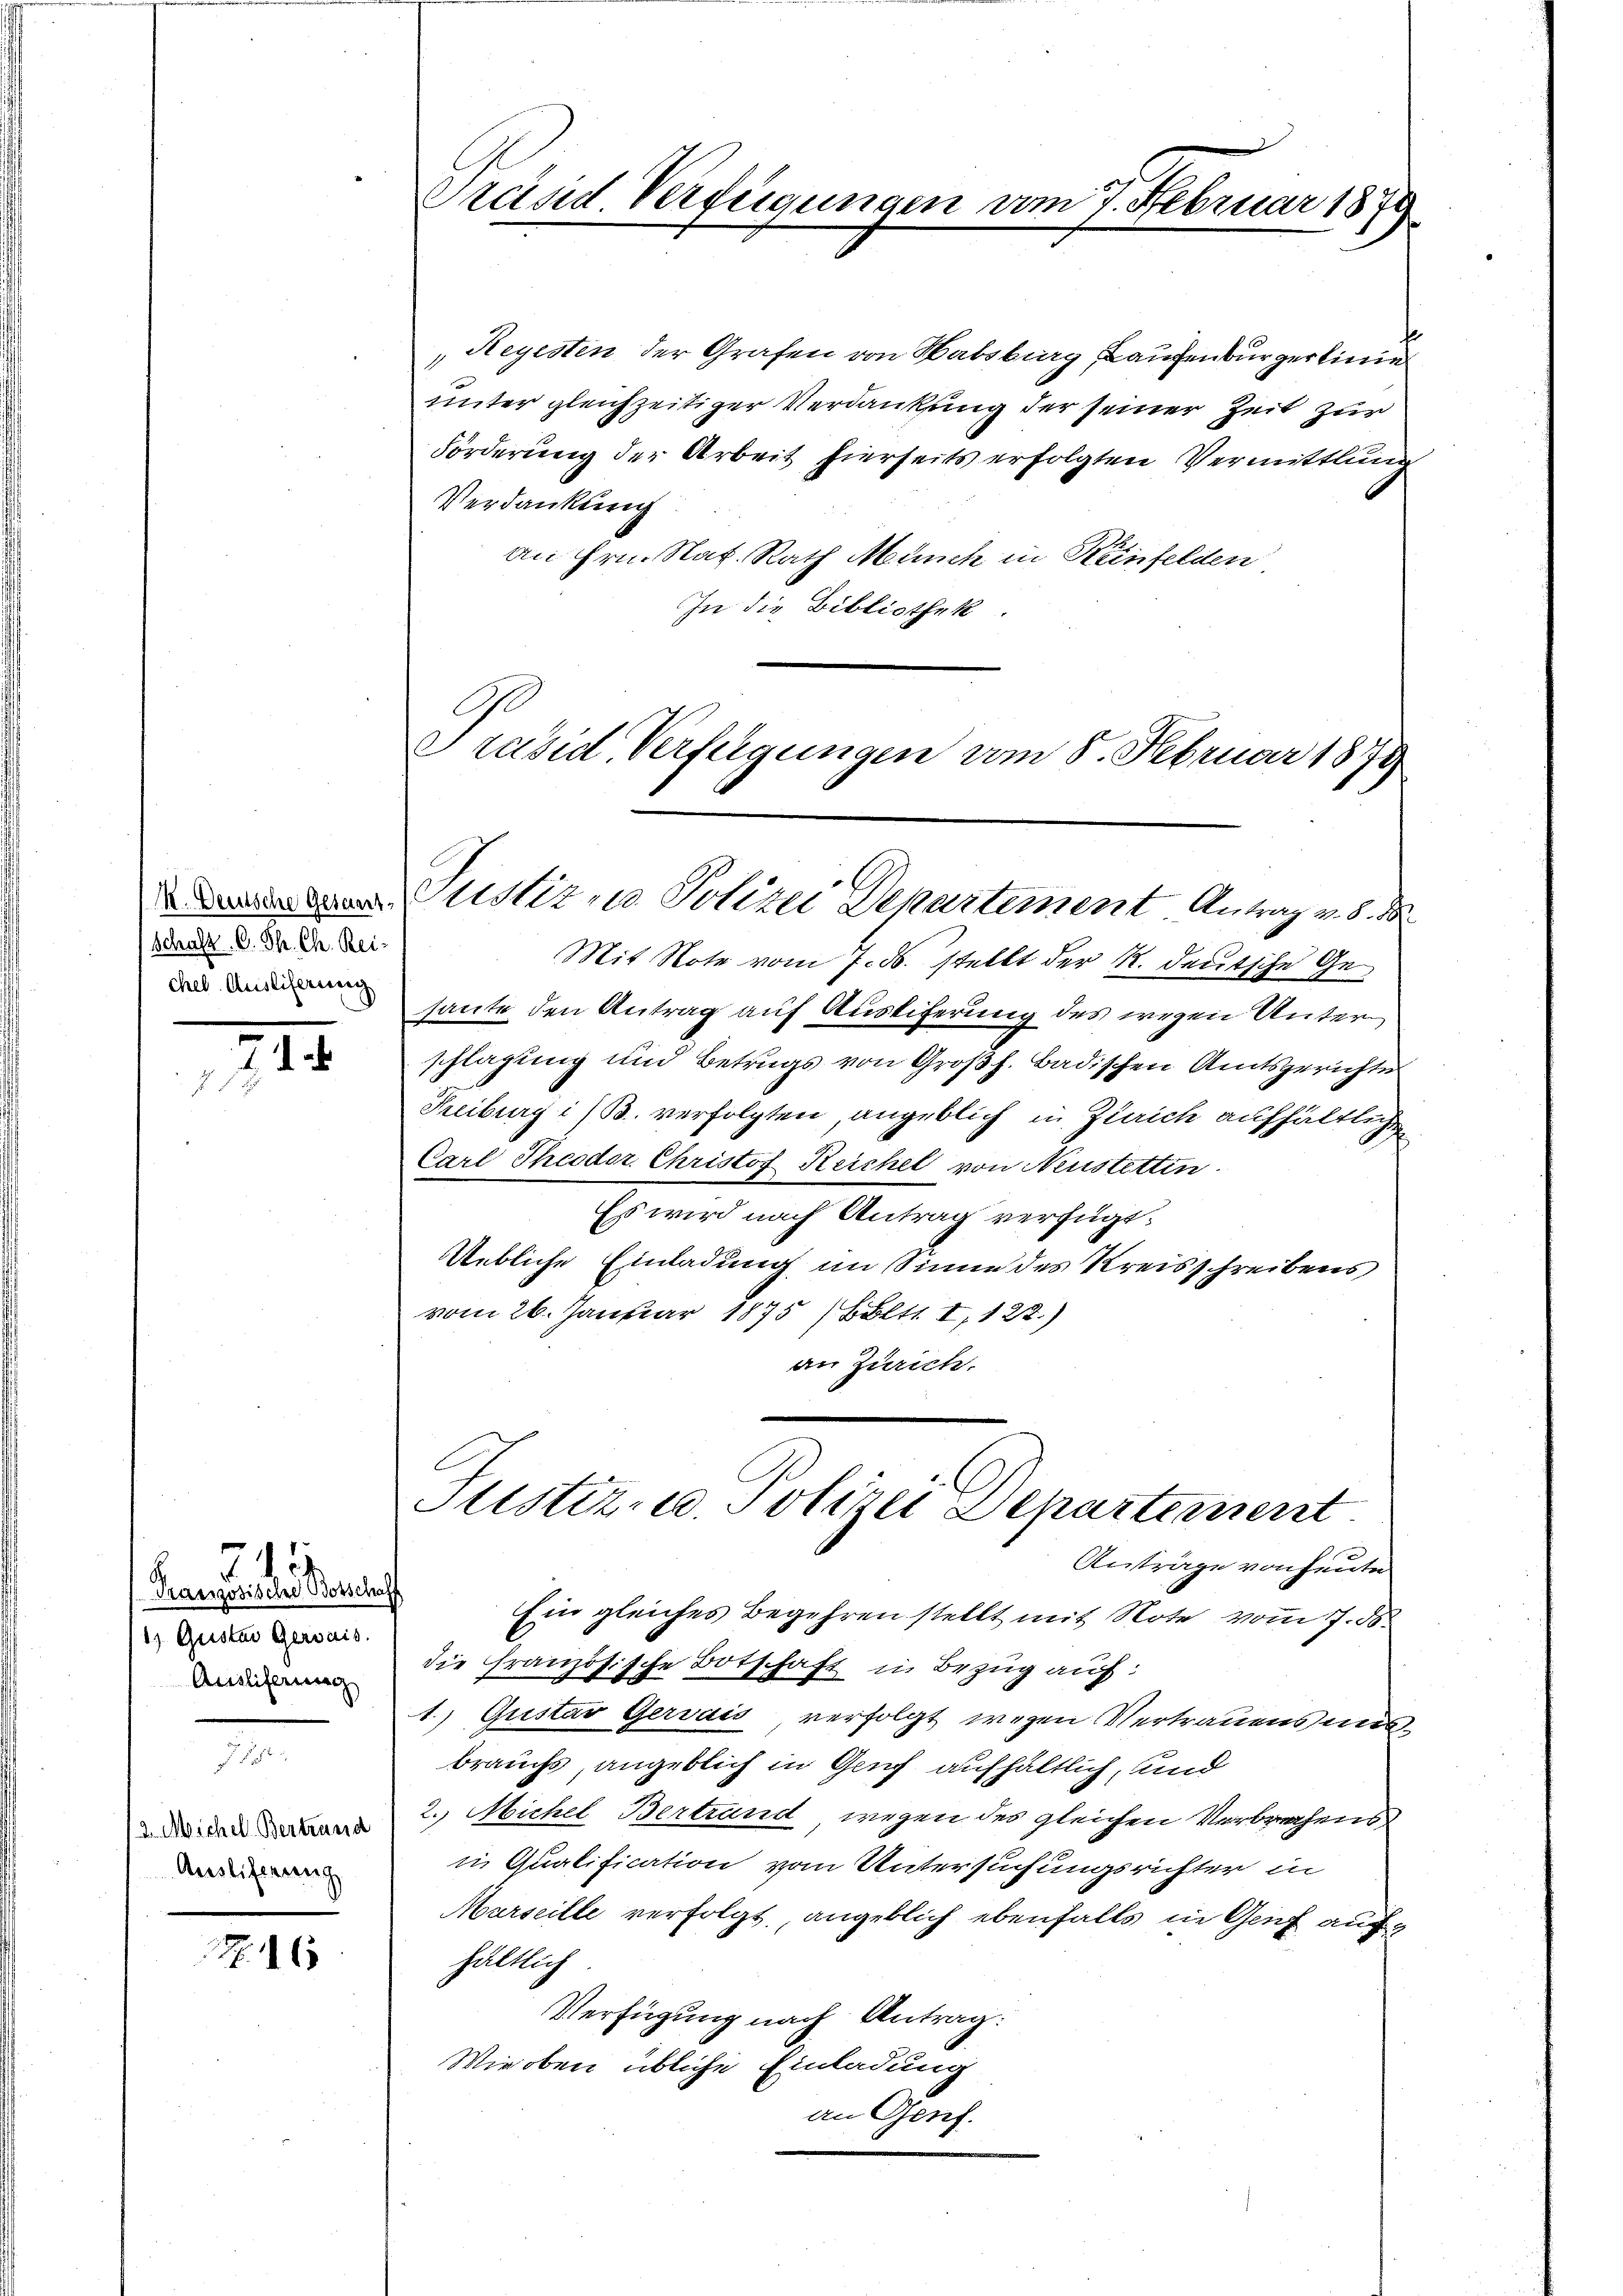
(Schaft. C. Th. Ch. Rei-
chel. Auslieferung

71
.

Tranzösische Botschaff
1) Gustav Gerais.
Ausliferung

13. Michel Bertrand
Auslieferung

715

Z. 16

Trend Verfeigungen vom 7. Februar 1879

„Reyesten der Grafen von Habsburg, Laufenburgerlinen
unter gleichzeitiger Verdankung der seiner Zeit zur
Förderung der Arbeit hierseits erfolgten Vermittlung
Verdankung
an Hrn. Nat. Rath Münch in Heinfelden
In die Bibliothek.
A
Präsid. Verfügungen vom 8. Februar 1879

Miditus Polizei Dekartement Antrag v. 8. M.

Justiz- u. Polizei Departement
Anträge von heute

Mit Note vom 7. ds. stellt der R. deutsche Gehaute den Antrag auf Austiferung des wegen Unter
schlagung und Betrugs von Großh. Badischen Amtsgerichte
Freiburg i/B. verfolgten angeblich in Zürich aufhältlichen
Carl Theodor Christof Reichel von Neustettin.
Es wird nach Antrag verfügt:
Uebliche Einladung im Sinne des Kreisschreibens
vom 26. Januar 1875 (Böltt. I, 122.)
an Zürich.
Ein gleiches Begehren stellt mit Note vom 7. ds.
die Französische Botschaft in Bezug auf:
1.) Gustav Gervais verfolgt wegen Vertrauens und
brauchs, angeblich in Genf aufhältlich, und
2.) Michel Bertrand wegen des gleichen Verbrechens
in Qualification vom Untersuchungsrichter in
Marseille verfolgt, angeblich ebenfalls in Genf auf
hältlich
Verfügung nach Antrag:
Wiroben übliche Einladung
an Genf.